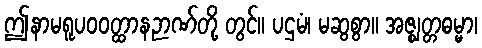
ဤနာမရူပဝဝတ္ထာနဉာဏ်တို့ တွင်။ ပဌမံ၊ မဆွစွာ။ အဇ္ဈတ္တဓမ္မာ၊